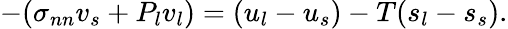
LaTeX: -(\sigma_{nn}v_{s}+P_{l}v_{l})=(u_{l}-u_{s})-T(s_{l}-s_{s}).